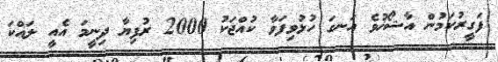
ފަގީރުކަމުން އާޝޯޚުވެ އަނގަ ހުޅުވިފަވާ ކުއްޖަކު 2000 ރުފިޔާ ދިނީމަ އެއީ ލައްކަ